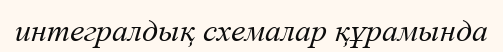
интегралдық схемалар құрамында